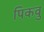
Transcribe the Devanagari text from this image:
पिकवु